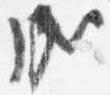
成